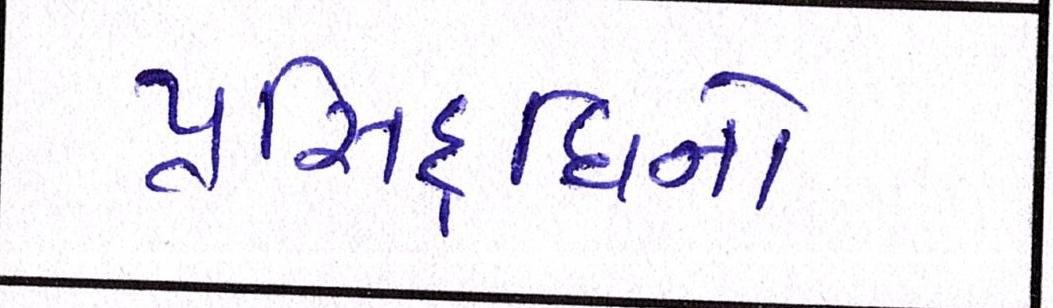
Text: પ્રસિદ્ધિનો